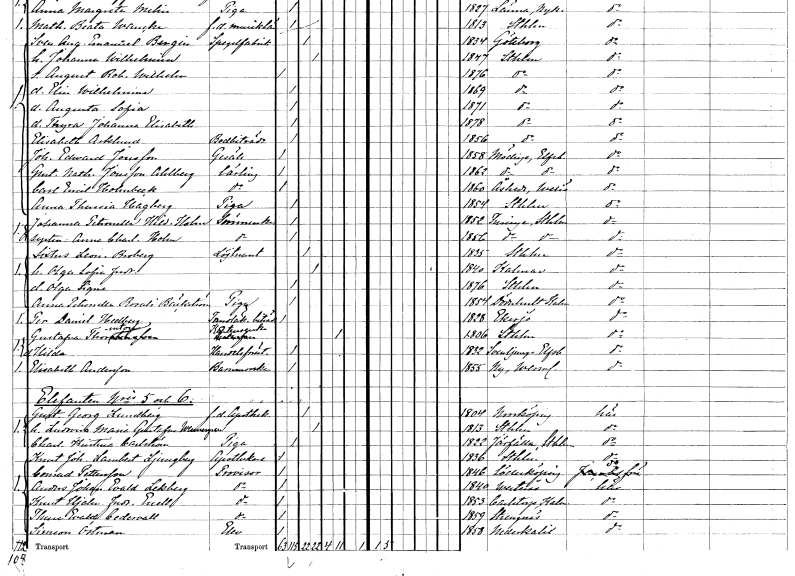
gt_parse: households: individuals: FN: Sven August Emanuel
EN: Bergin
YRKE: Spegelfabrikant
KON: M
CIV: G
FODAR: 1834
FODFORS: Göteborg Göteborgs- och Bohuslän
FN: Johanna Wilhelmina
KON: K
CIV: G
FODAR: 1847
FODFORS: Stockholm
FN: August Robert Wilhelm
KON: M
CIV: O
FODAR: 1876
FODFORS: Stockholm
FN: Elin Wilhelmina
KON: K
CIV: O
FODAR: 1869
FODFORS: Stockholm
FN: Augusta Sofia
KON: K
CIV: O
FODAR: 1871
FODFORS: Stockholm
FN: Thyra Johanna Elisabeth
KON: K
CIV: O
FODAR: 1878
FODFORS: Stockholm
FN: Elisabeth
EN: Asklund
YRKE: Bodbiträde
KON: K
CIV: O
FODAR: 1856
FODFORS: Stockholm
FN: Johannes Edward
EN: Jonsson
YRKE: Gesäll
KON: M
CIV: O
FODAR: 1858
FODFORS: Nödinge Älvsborgs län
FN: Gustaf Nathanael
EN: Jonsson Ahlberg
YRKE: Lärling
KON: M
CIV: O
FODAR: 1862
FODFORS: Nödinge Älvsborgs län
FN: Carl Emil
EN: Holmbeck
YRKE: Lärling
KON: M
CIV: O
FODAR: 1860
FODFORS: Åseda Kronobergs län
FN: Anna Theresia
EN: Hagberg
YRKE: Piga
KON: K
CIV: O
FODAR: 1854
FODFORS: Stockholm
FN: Johanna Petronella Hildegard
EN: Holm
YRKE: Sömmerska
KON: K
CIV: O
FODAR: 1852
FODFORS: Turinge Stockholms län
FN: Anna Charlotta
EN: Holm
YRKE: Sömmerska
KON: K
CIV: O
FODAR: 1856
FODFORS: Turinge Stockholms län
FN: Sixtus Leonard
EN: Broberg
YRKE: Löjtnant
KON: M
CIV: G
FODAR: 1835
FODFORS: Stockholm
FN: Olga Sofia Fredrika
KON: K
CIV: G
FODAR: 1840
FODFORS: Kalmar Kalmar län
FN: Olga Signe
KON: K
CIV: O
FODAR: 1876
FODFORS: Stockholm
FN: Anna Petronella Rosali
EN: Bäckström
YRKE: Piga
KON: K
CIV: O
FODAR: 1854
FODFORS: Döderhult Kalmar län
FN: Per David
EN: Hedberg
YRKE: Tandläkarbiträde
KON: M
CIV: O
FODAR: 1828
FODFORS: Eksjö Jönköpings län
FN: Gustafva
EN: Thornton
YRKE: Kaptensänka
KON: K
CIV: E
FODAR: 1806
FODFORS: Stockholm
FN: Hilda
YRKE: Handelsföreståndare
KON: K
CIV: O
FODAR: 1832
FODFORS: Svenljunga Älvsborgs län
FN: Elisabeth
EN: Andersson
YRKE: Barnmorska
KON: K
CIV: O
FODAR: 1855
FODFORS: Ny Värmlands län
FN: Gustaf Georg
EN: Lundberg
YRKE: Apotekare f.d.
KON: M
CIV: G
FODAR: 1804
FODFORS: Norrköping Östergötlands län
FN: Ludwica Maria Gustafva
EN: Wennergren
KON: K
CIV: G
FODAR: 1813
FODFORS: Stockholm
FN: Charlotta Kristina
EN: Carlström
YRKE: Piga
KON: K
CIV: O
FODAR: 1822
FODFORS: Järfälla Stockholms län
FN: Knut Johannes Lambert
EN: Ljungberg
YRKE: Apotekare
KON: M
CIV: O
FODAR: 1836
FODFORS: Stockholm
FN: Conrad
EN: Pettersson
YRKE: Provisor
KON: M
CIV: O
FODAR: 1846
FODFORS: Söderköping Östergötlands län
FN: Anders Johan Evald
EN: Lekberg
YRKE: Provisor
KON: M
CIV: O
FODAR: 1840
FODFORS: Västerås Västmanlands län
FN: Knut Hjalmar Fredrik
EN: Enell
YRKE: Provisor
KON: M
CIV: O
FODAR: 1853
FODFORS: Karlstorp Jönköpings län
FN: Thure Evald
EN: Cedervall
YRKE: Provisor
KON: M
CIV: O
FODAR: 1859
FODFORS: Strängnäs Södermanlands län
FN: Simon
EN: Östman
YRKE: Elev
KON: M
CIV: O
FODAR: 1858
FODFORS: Nederkalix Norrbottens län